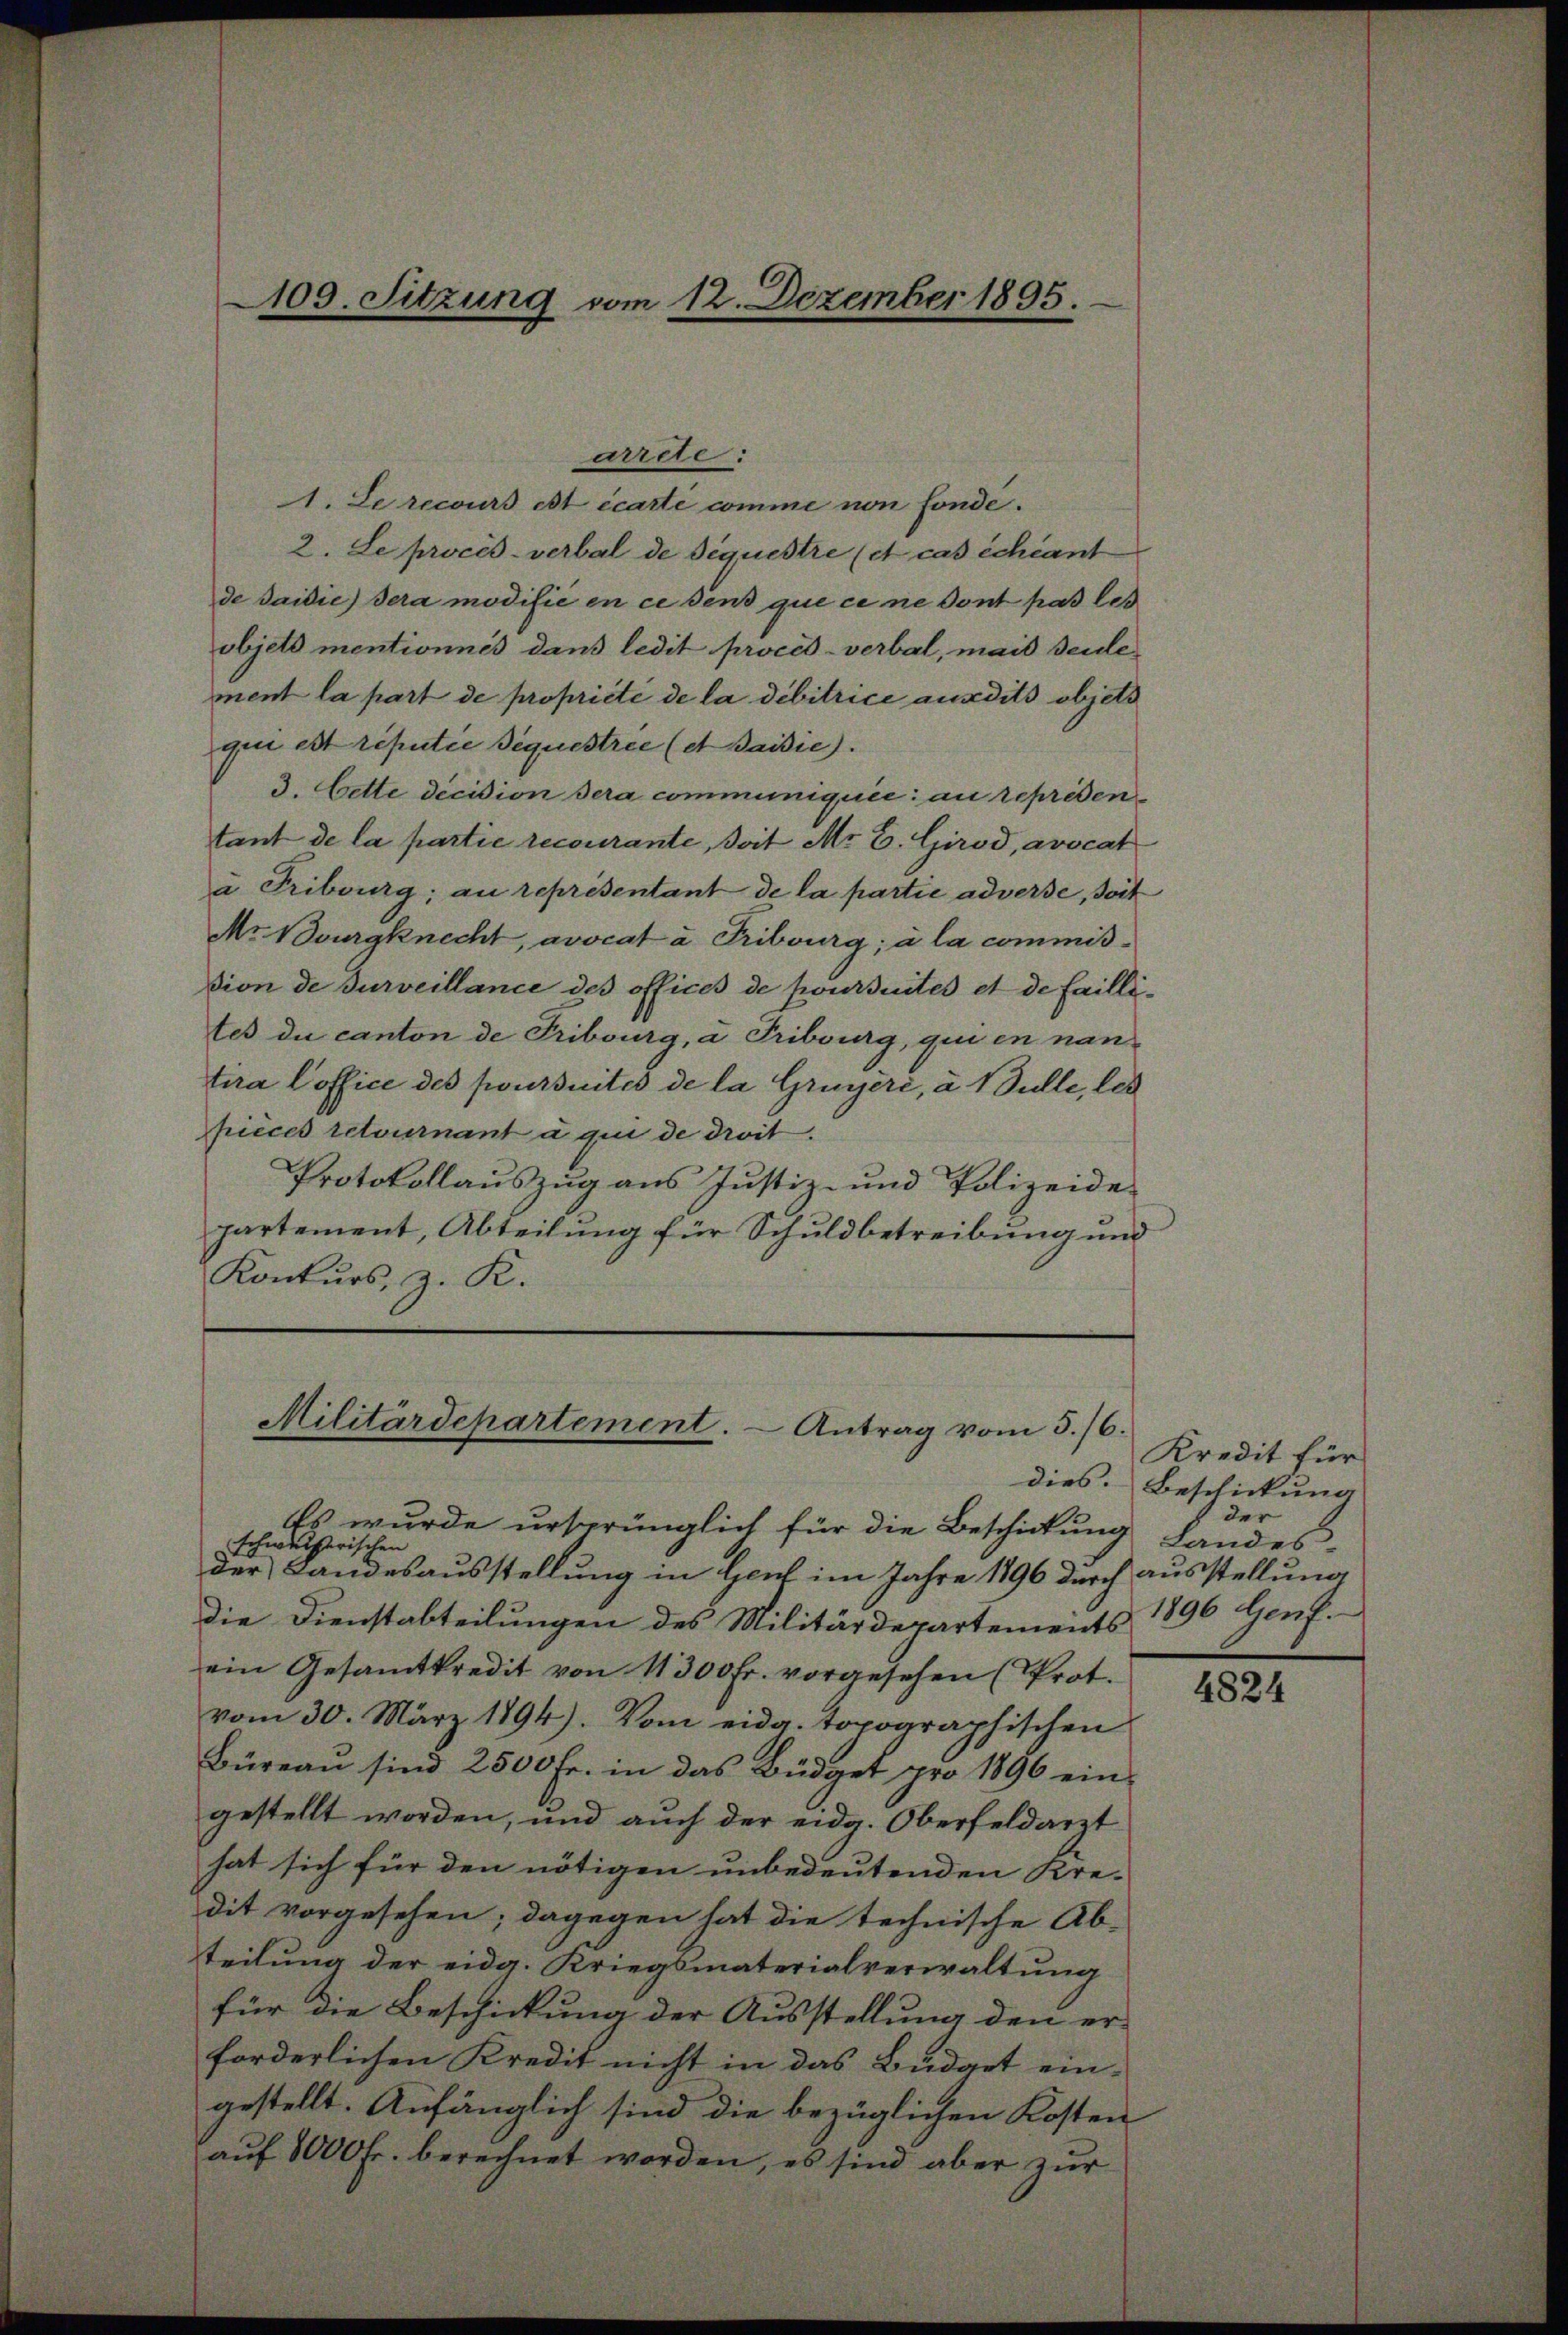
109. Sitzung vom 12. Dezember 1895.

arrde:
1. Le recours est écarté comme non fonde.
2. Le procès-verbal de séquestre et cas échéant
de saisie) dera modifié en ce dens que ce ne dont pas les
objets mentionnés dans ledit procès-verbal, mais seule
ment la part de propriété de la débitrice ausdits objets
gen est réputée séquestree (et Baisie).
3. Cette decision sera communiquie au représentant de la partie recourante, doit Mr. C. Girod, avocat
u Tribourg; au représentant de la partie adverse, soit
Mr Bourgknecht, avocata Tribourg; à la commißdion de surveillance des offices de poursuites et de faillites du canton de Tribourg, a Tribourg, qui en nan
tira Coffice des poursuites de la Gruyère, à Nulle, les
pieces retournant à qui de droit.
Protokollauszug aus Justiz- und Polizeide
partement, Abteilung für Schuldbetreibung und
Konkurs, z. K.

Militärdepartement. - Antrag vom 5./6.

Es wurde ursprünglich für die Beschickung Landes-
schweizerischen
der Landesausstellung in Genf im Jahre 1896 durch ausstellung
die Dienstabteilungen des Militärdepartements 1896 Genf.
ein Gesamtkredit von 11300 fr. vorgesehen (Prot.
vom 30. März 1894). Vom eidg. topographischen
Büreaŭ sind 2500 Fr. in das Büdget pro 1896 ein-
gestellt worden, und auch der eidg. Oberfeldarzt
hat sich für den nötigen unbedeutenden Kre-
dit vorgesehen; dagegen hat die technische Ab-
teilung der eidg. Kriegsmaterialverwaltung
für die Beschickung der Ausstellung den er-
forderlichen Kredit nicht in das Budget ein-
gestellt. Anfänglich sind die bezüglichen Kosten
auf 8000 Fr. berechnet worden, es sind aber zur

Kredit für
dies. Beschickung
§ der

4824